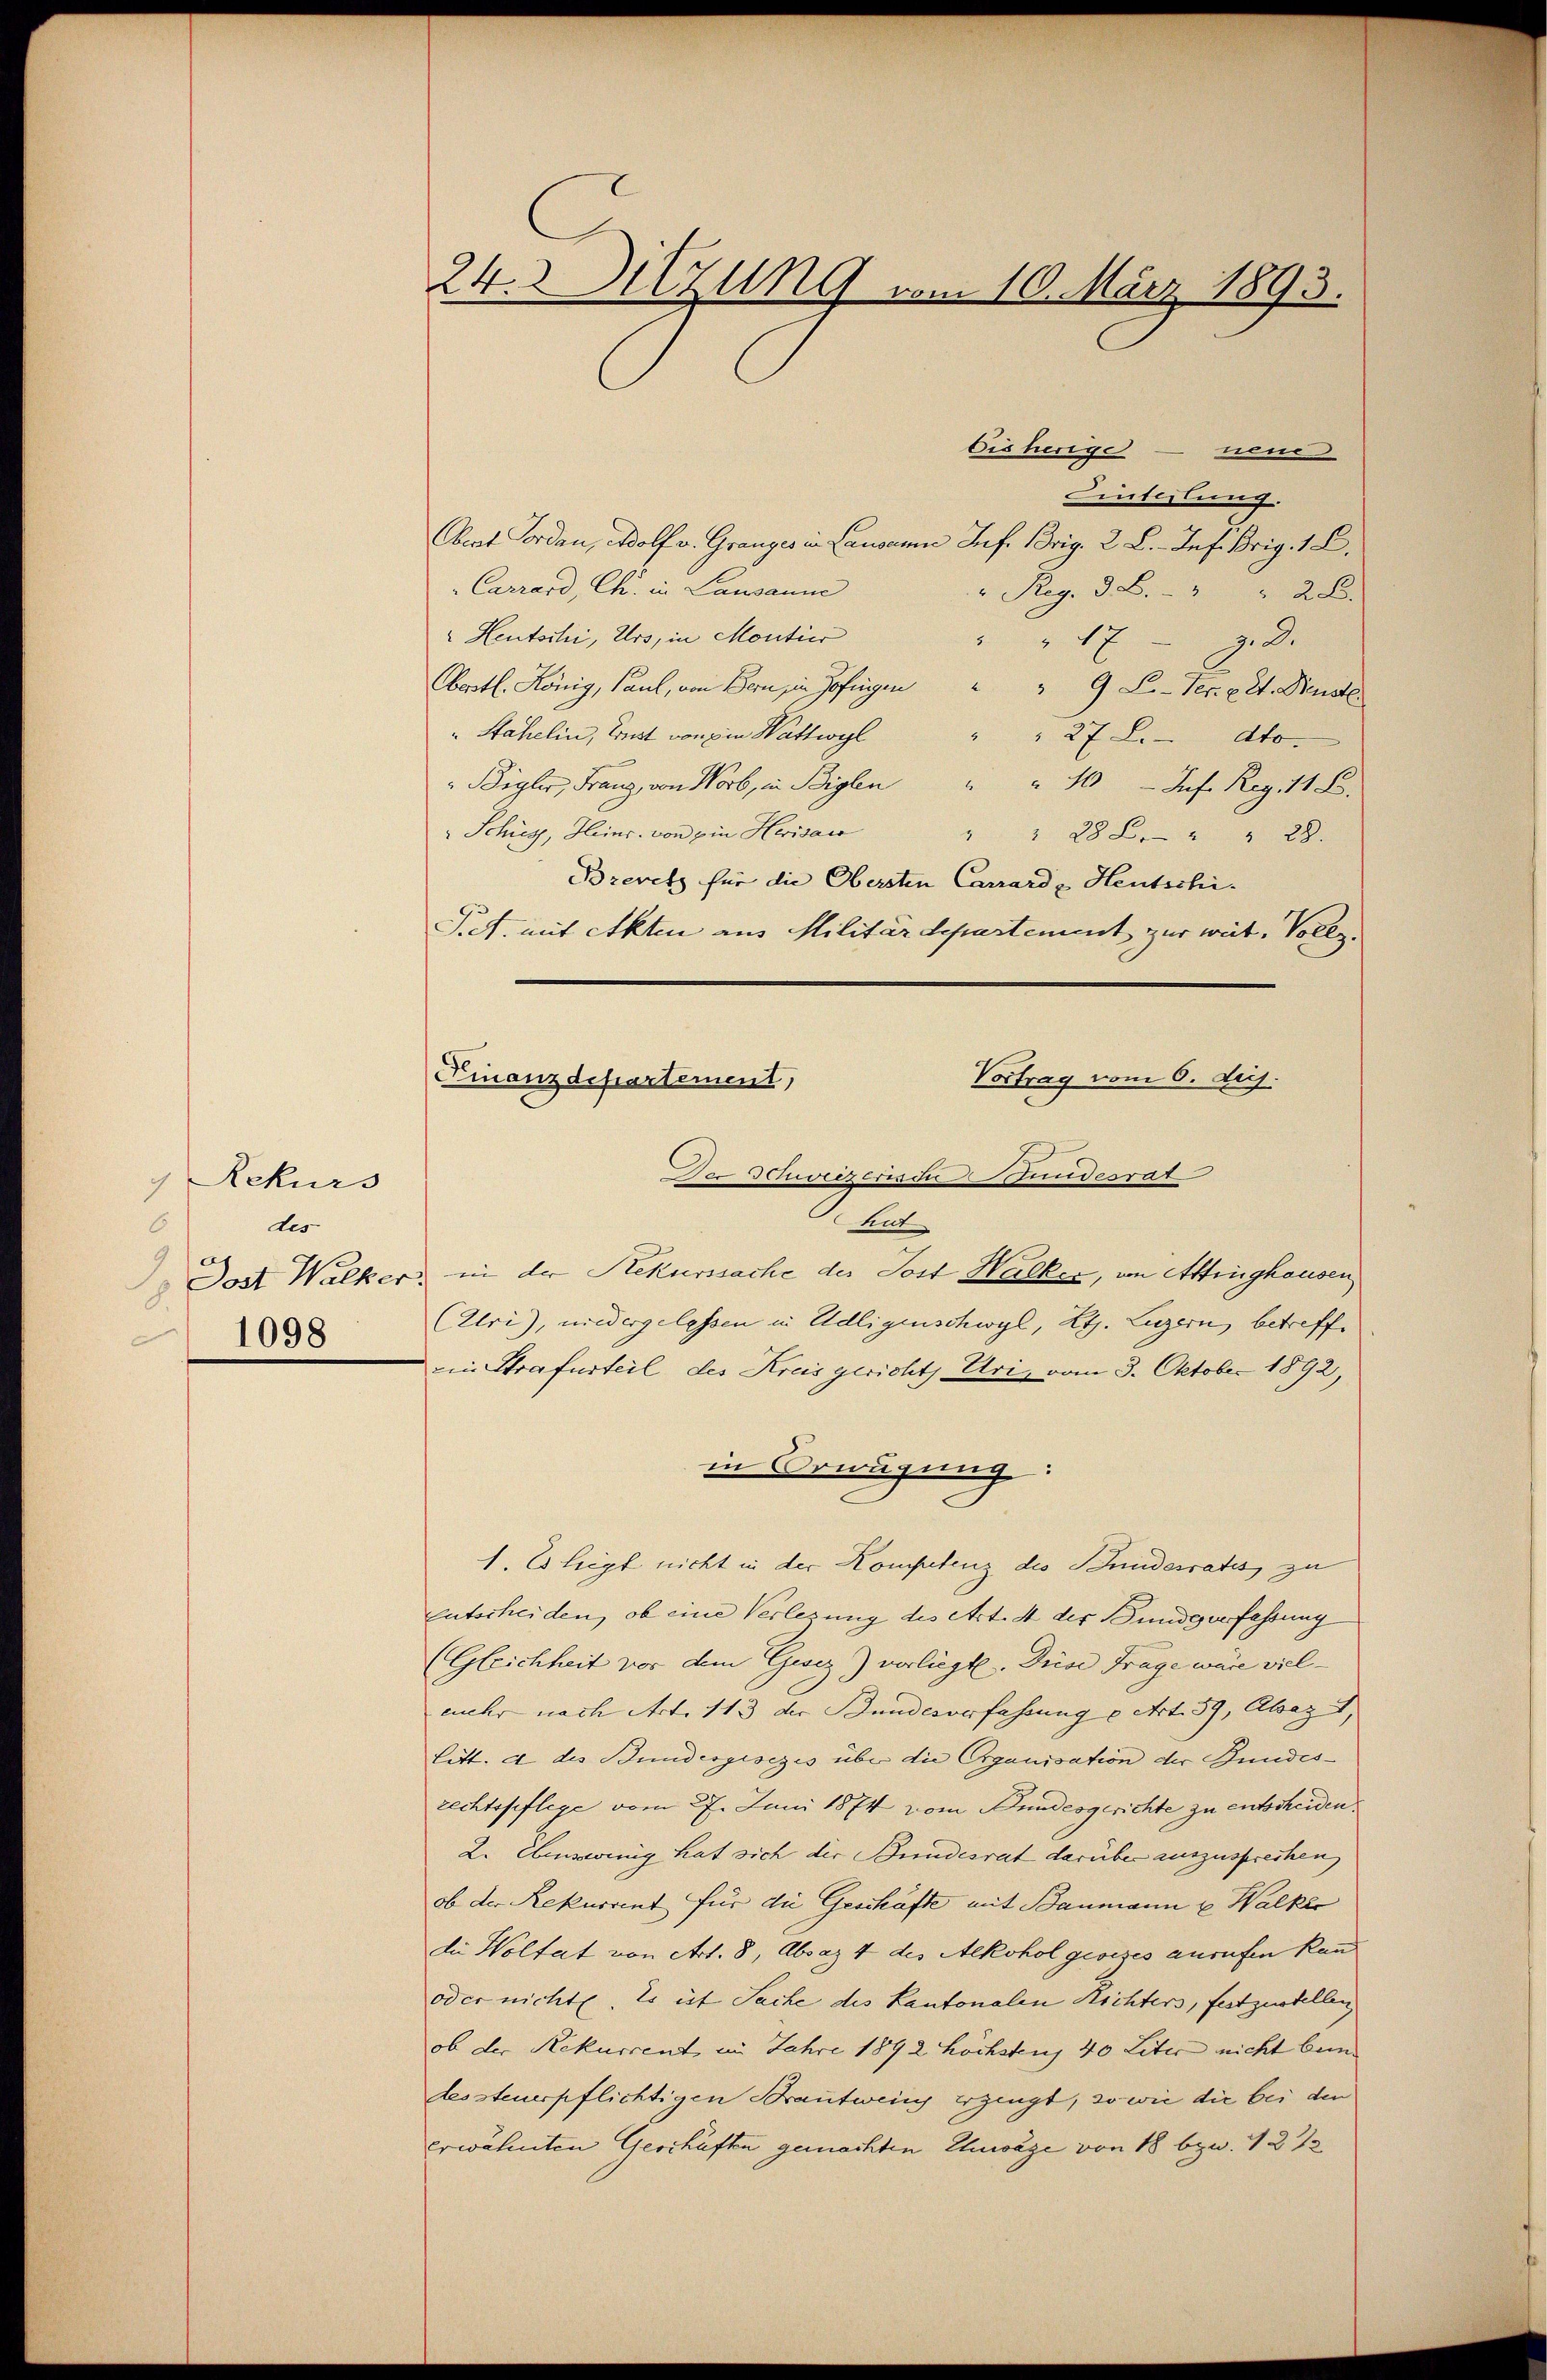
Rekurs
des
6
.
1098

24. Sitzung vom 10. März 1893.

bisherige — neue
Cinteilung
Obeat Forden, Adolf v. Granges in Lausanne Inf. Brig, 2 L. Infißrig, 1 L.
Carrard, Ch. in Lausanne
" Reg. 3. B. " " 28.
 Heutschi, Urs, in Montier
198.
Oertl. König, Paul, von Bern, in Zofingen " " 9 L.-Ver. c. et. Dienste
" Stahelin, Ernst von ein Wattwyl " " 27 L. dto.
Bigler, Franz, von Worb, in Beglen         "   "     Inf. Reg. 11 S.
" Schied, Heins von ein Heris                                 "            "              " " 23
Brevetz für die Obersten Carrarde Heutschi¬
Pct. mit Akten aus Militär Separtement zur weit. Vollz
Vortrag vom 6. huj.
Der Schweizerische Stundesrat
hut
Dost Walker, in der Rekurssache der Jost Halker, an Attinghausen
(Uri), niedergelassen in Udligenschwyl, Lt. Luzern, betreffein Strafurteil des Kreisgericht, Uri, vom 3. Oktober 1892,
in Erwägung
1. Es liegt nicht in der Kompetenz des Stundesrates, zu
Entscheiden, ob eine Verlegung des Art. 4 der Bundgerfassung
(Gleichheit vor dem Gesez) vorliegt. Diese Frage wäre vielmehr nach Art. 113 der Bundesverfahrung u Art. 59, Absaz,
Litt. a des Bundesgesezes über die Organisation der Gundesrechtspflege vom 27. Juni 1874 vom Bundesgerichte zu entscheiden
2. Ebenswenig hat sich die Bundesrat darüber auszusprechen,
ob der Rekurrent für die Geschäfte mit Baumann u. Walker
die Woltat von Art. 8, Absaz 4 des Alkohol gesezes anrufen kan
oder nichte. Es ist Sache des Kantonalen Richters, festzustellen
ob der Rekurrent im Jahre 1892 höchstens 40 Liter nicht beim
dessteuerpflichtigen Brautweins erzeugt, so wie die bei den
erwähnten Geschäften gemachten Zuwage von 18 bzw. 1212

Finanzdepartement,